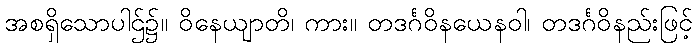
အစရှိသောပါဌ်၌။ ဝိနေယျာတိ၊ ကား။ တဒင်္ဂဝိနယေနဝါ၊ တဒင်္ဂဝိနည်းဖြင့်